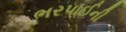
ભરપાઈની